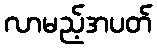
လာမည့်အပတ်